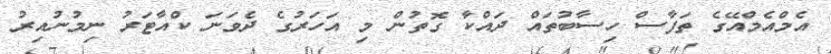
އެމްއެމްއޭގެ ތަފާސް ހިސާބުތައް ދައްކާ ގޮތުން މި އަހަރުގެ ދެވަނަ ކްއާޓަރު ނިމުނުއިރު